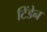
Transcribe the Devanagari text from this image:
टिंडेन